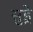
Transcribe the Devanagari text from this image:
सुड्रे